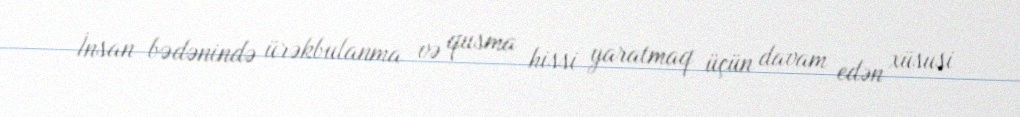
İnsan bədənində ürəkbulanma və qusma hissi yaratmaq üçün davam edən xüsusi